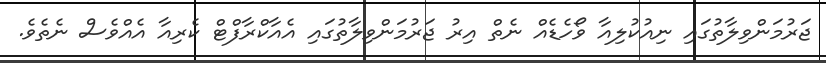
ޖަރުމަންވިލާތުގައި ނިއުކުލިއާ ވޯހެޑެއް ނެތް އިރު ޖަރުމަންވިލާތުގައި އެއާކްރާފްޓް ކެރިއާ އެއްވެސް ނެތެވެ.